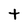
Character: t